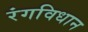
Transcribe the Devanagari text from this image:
रंगविधान